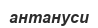
антануси